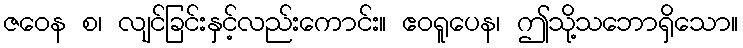
ဇဝေန စ၊ လျင်ခြင်းနှင့်လည်းကောင်း။ ဧဝရူပေန၊ ဤသို့သဘောရှိသော။